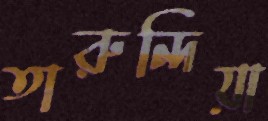
তারুন্দিয়া